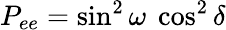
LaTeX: P_{ee}=\sin^{2}\omega\ \cos^{2}\delta